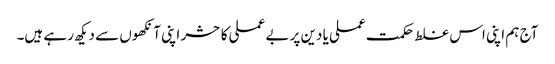
آج ہم اپنی اس غلط حکمت عملی یا دین پر بے عملی کا حشر اپنی آنکھوں سے دیکھ رہے ہیں۔